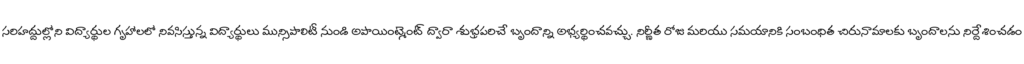
సరిహద్దుల్లోని విద్యార్థుల గృహాలలో నివసిస్తున్న విద్యార్థులు మున్సిపాలిటీ నుండి అపాయింట్మెంట్ ద్వారా శుభ్రపరిచే బృందాన్ని అభ్యర్థించవచ్చు. నిర్ణీత రోజు మరియు సమయానికి సంబంధిత చిరునామాలకు బృందాలను నిర్దేశించడం